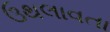
ઉથલાવતા